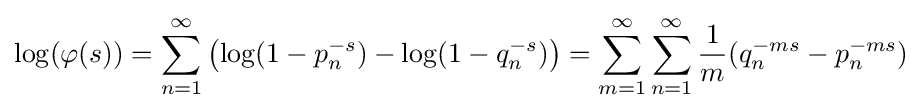
\log(\varphi (s))=\sum _{n=1}^{\infty }\left(\log(1-p_{n}^{-s})-\log(1-q_{n}^{-s})\right)=\sum _{m=1}^{\infty }\sum _{n=1}^{\infty }{\frac {1}{m}}(q_{n}^{-ms}-p_{n}^{-ms})